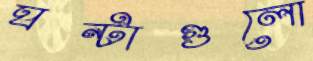
ঘন্টাগুলো